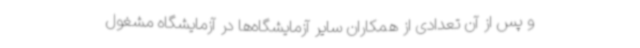
و پس از آن تعدادی از همکاران سایر آزمایشگاه‌ها در آزمایشگاه مشغول